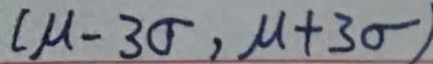
( \mu - 3 5 , \mu + 3 \sigma )